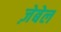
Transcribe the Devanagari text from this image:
ज़ेबेल